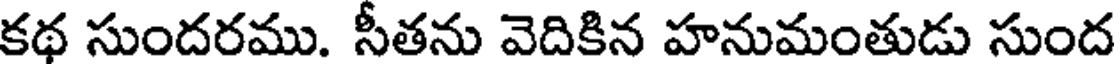
కథ సుందరము. సీతను వెదికిన హనుమంతుడు సుంద